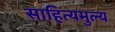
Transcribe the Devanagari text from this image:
साहित्यमुल्य